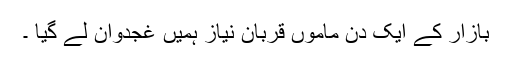
بازار کے ایک دن ماموں قربان نیاز ہمیں غجدوان لے گیا ۔